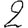
Digit: 2